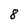
Character: 8